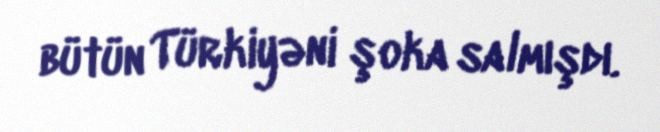
bütün Türkiyəni şoka salmışdı.